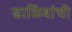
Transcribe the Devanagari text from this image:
डाळिंबांची